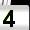
Digit: 4